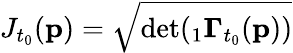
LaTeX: J_{t_{0}}(\mathbf{p})=\sqrt{\textup{det}({}_{1}\mathbf{\Gamma}_{t_{0}}(\mathbf{p}))}